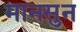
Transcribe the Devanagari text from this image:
मानसुन